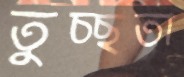
তুচ্ছতা